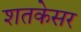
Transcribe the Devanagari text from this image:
शतकेसर